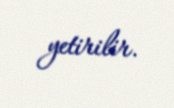
yetirilir.